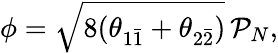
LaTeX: \phi=\sqrt{8(\theta_{1\bar{1}}+\theta_{2\bar{2}})}\, \mathcal{P}_{N},